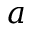
a